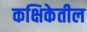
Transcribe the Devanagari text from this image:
कक्षिकेतील